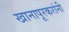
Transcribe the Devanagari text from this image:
खानापूरकरांनी